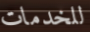
للخدمات